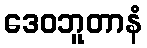
ဒေဝဘူတာနံ